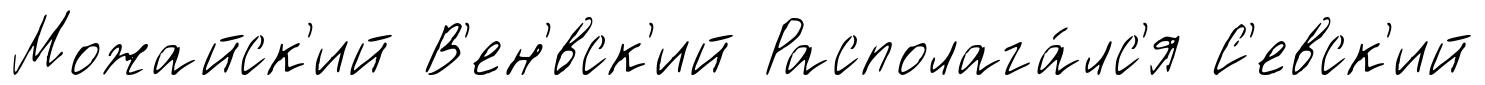
Можайск'ий В'ен'́вск'ий Располага́лс'я С'евск'ий